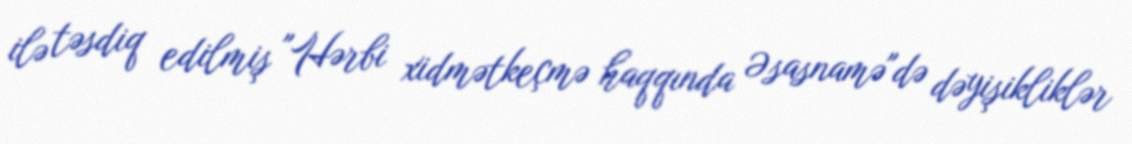
ilə təsdiq edilmiş "Hərbi xidmətkeçmə haqqında Əsasnamə"də dəyişikliklər